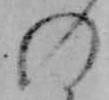
の